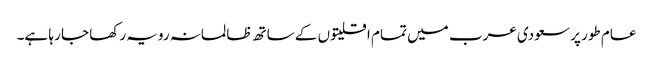
عام طور پر سعودی عرب میں تمام اقلیتوں کے ساتھ ظالمانہ رویہ رکھا جا رہا ہے۔